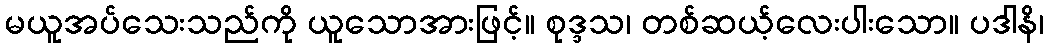
မယူအပ်သေးသည်ကို ယူသောအားဖြင့်။ စုဒ္ဒသ၊ တစ်ဆယ့်လေးပါးသော။ ပဒါနိ၊